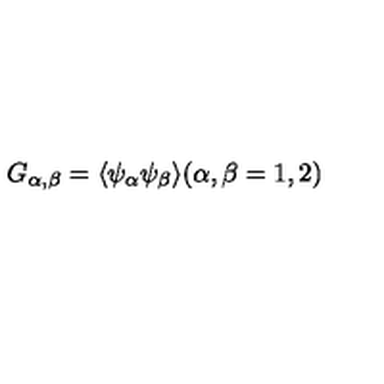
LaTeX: G _ { \alpha , \beta } = \langle \psi _ { \alpha } \psi _ { \beta } \rangle ( \alpha , \beta = 1 , 2 )